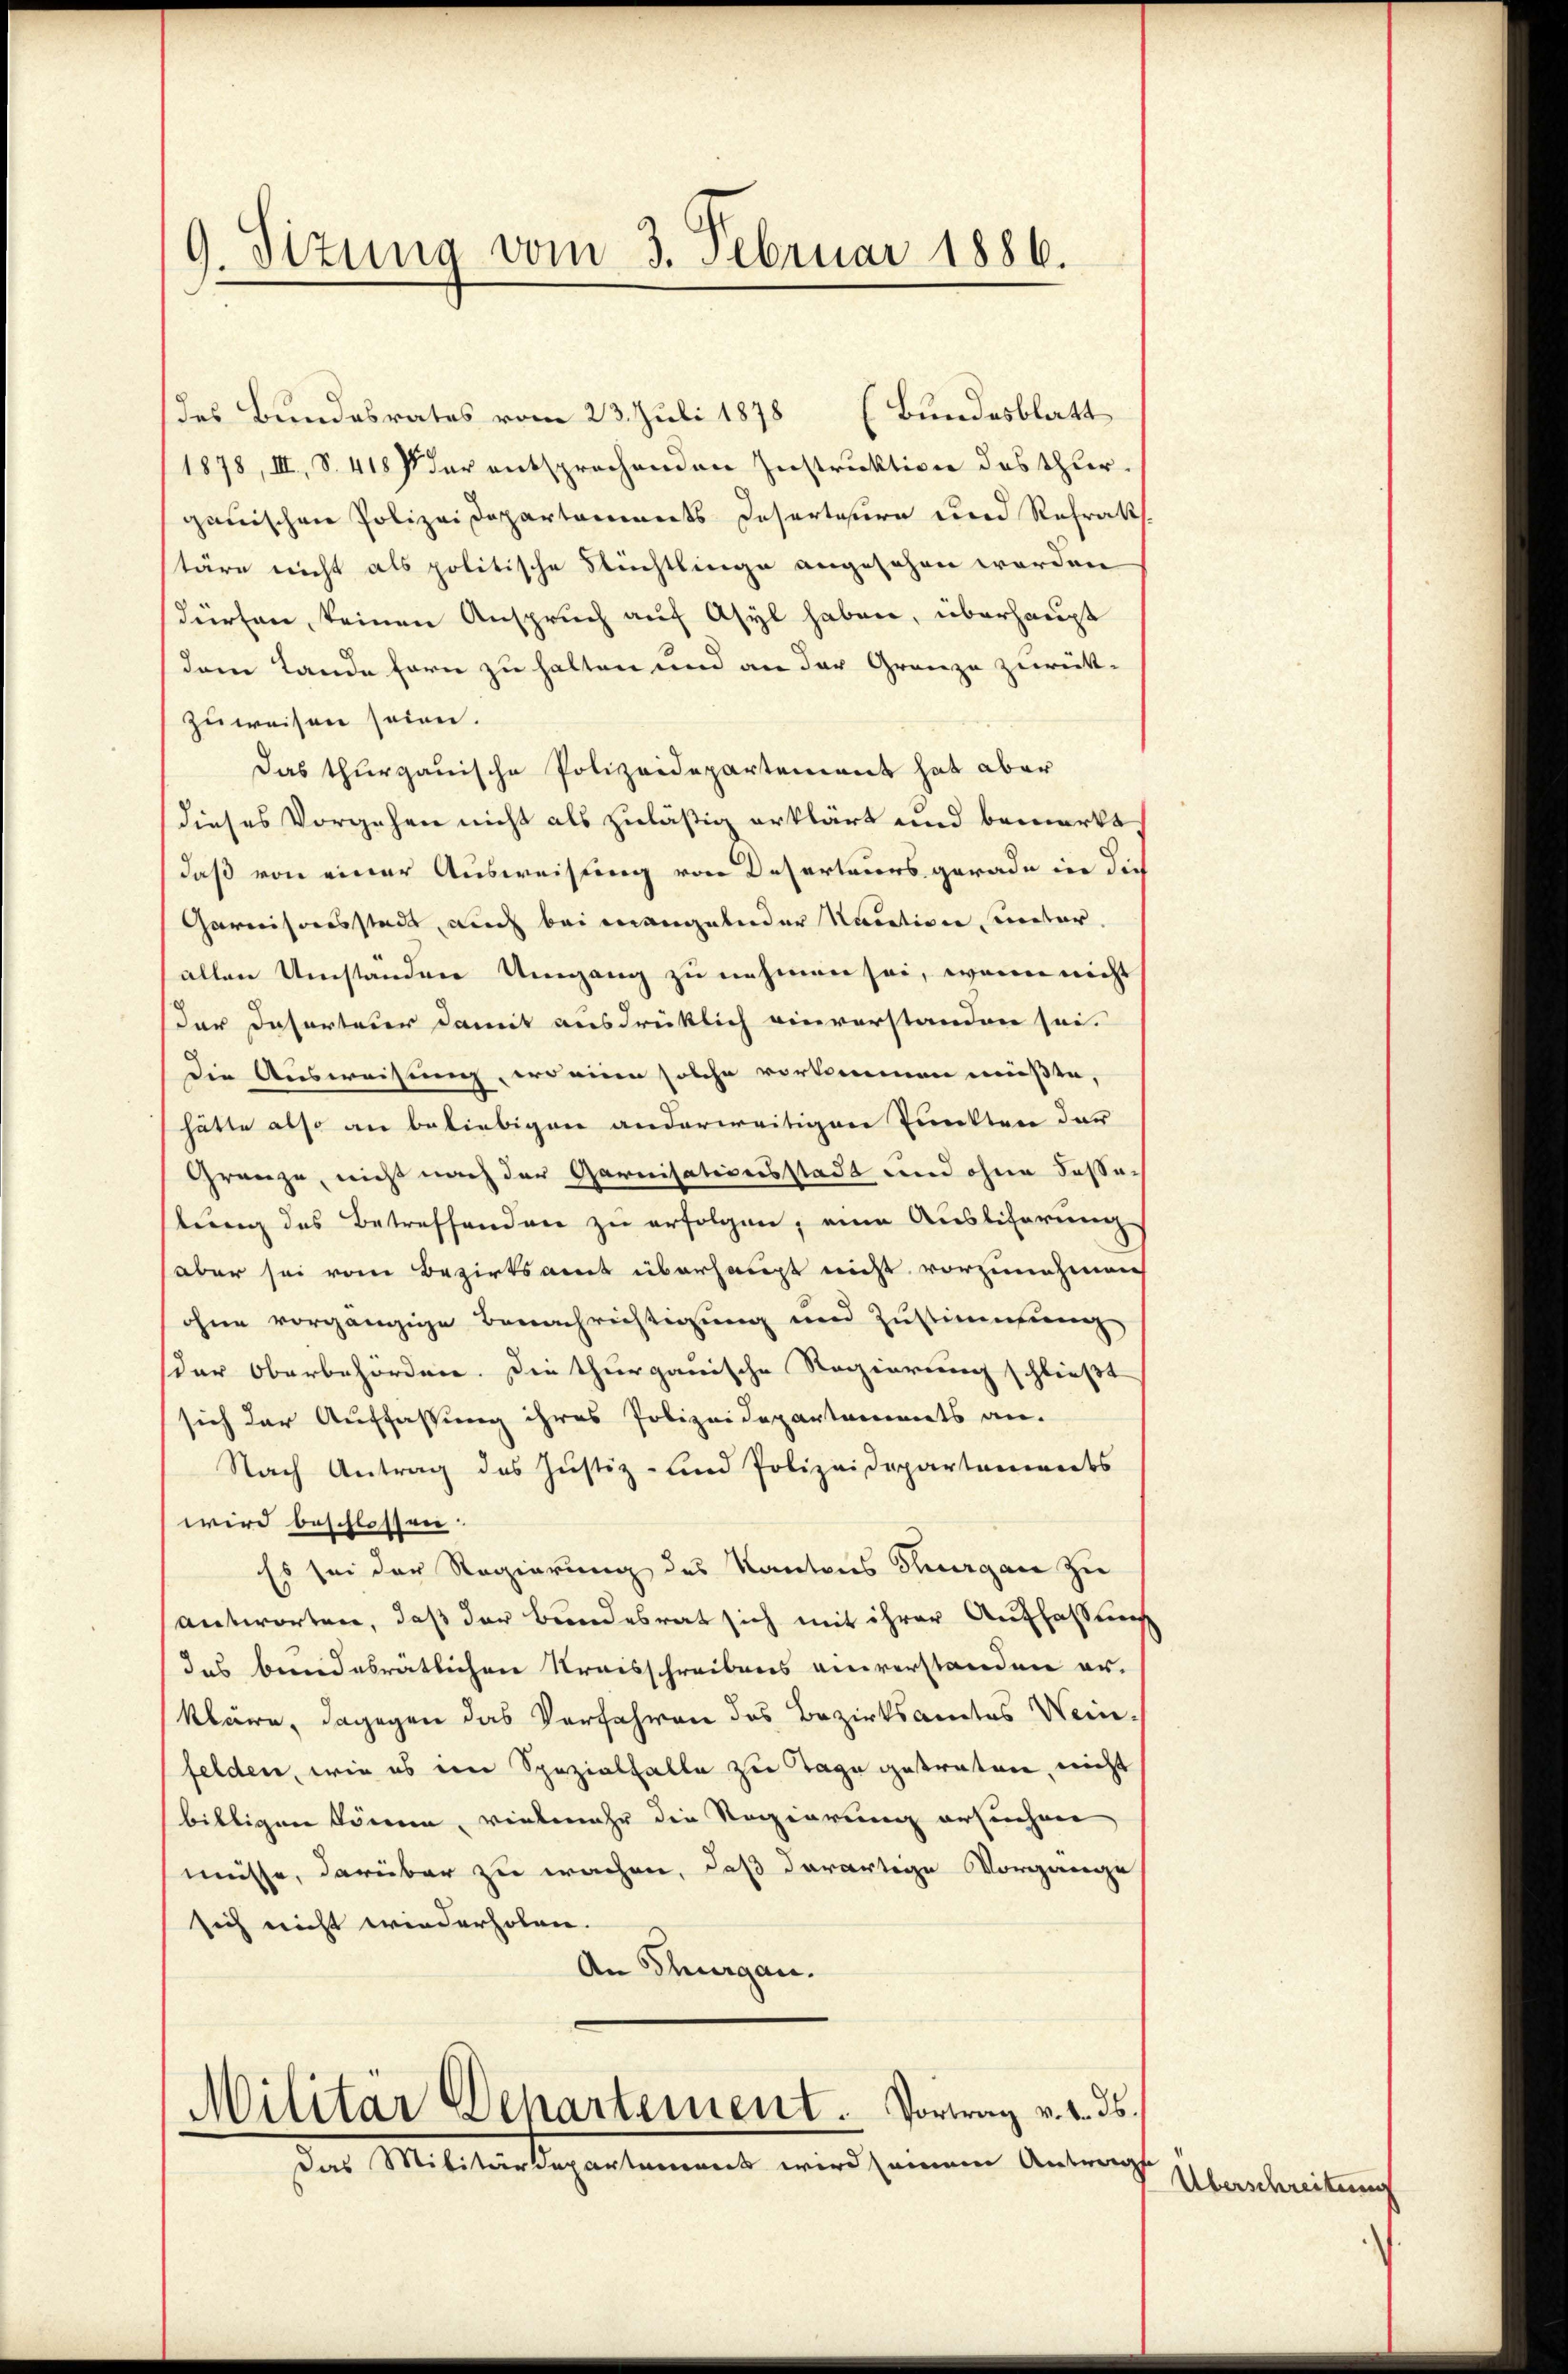
G. Sizung vom 3. Februar 1886.

des Bundesrates vom 23. Juli 1878 (Bundesblatt
1878, III, S. 418 f der entsprochenden Instruktion des Thurganischen Polizeidepartements Deserteure und Refrakt
täre nicht als politische Flüchtlinge angesehen worden
dürfen, keinen Anspruch auf Asyl haben, überhaupt
dem Lande fern zu halten und an der Granze zurück-
zuweisen seien.
Das thurgauische Polizeidepartement hat aber
dieses Vorgehen nicht als zuläßig erklärt und bemerkt
daß von einer Ausweisung von Deserteurs gerade in die
Garnisonsstadt, auch bei mangelnder Nacation veter,
allen Umständere Umgang zu nehmen sei, wenn nicht
der Deserteier damit ausdrücklich einverstanden sei.
Die Ausweisung, er einen solche vorkommen müßte,
hätte also an beliebigen anderweitigen Punkten der
Gränze, nicht nach der Garnisationsstadt und ohne Fassatung des Betreffenden zu erfolgen, eine Ausliterung
aber sei vom Bezirksamt überhaupt nicht vorzunehmen
ohne vorgängige Benachrichtigung und Zustimmung
der Oberbehörden. Die thurgauische Regierung schließt
sich der Auffassung ihres Polizeidepartaments an.
Nach Antrag des Justiz- und Polizeidepartaments
wird beschlossen:
Es sei der Regierung des Kantons Thurgau zu
antworten, daß der Bundesrat sich mit ihrer Auffassung
das beendesrätlichen Kreisschreibens anverstanden erkläre, dagegen das Verfahren des Bezirksamtes Wein-
felden, wie es im Spezialfalle zu Tage getraten, nicht
billigen können, vielmehr die Regierung ersuchen,
müsse, darüber zu wachen, daß derartige Vorgange
sich nicht wiederholen.
An Thurgau.
Militär Departement. Vortrag v. 2. ds.
Das Militärdepartement wird seinem Antrags

Überschreitung